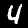
Digit: 4